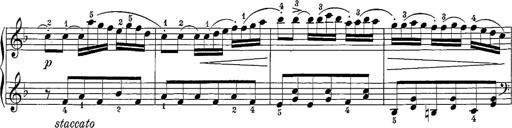
Title: 12 Sonatine per Pianoforte
Composer: Friedrich Kuhlau